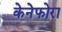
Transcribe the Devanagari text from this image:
केनेफोरा